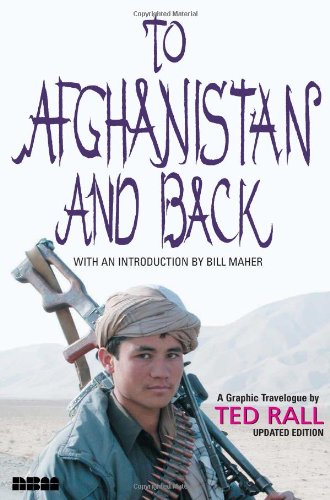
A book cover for To Afghanistan and Back: A Graphic Travelogue; Ted Rall; Travel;